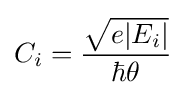
C_{i}={{\sqrt {e|E_{i}|}} \over {\hbar \theta }}